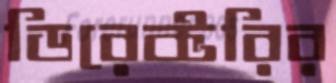
ডিরেক্টরির